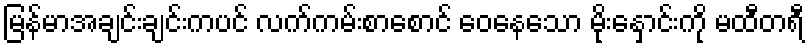
မြန်မာအချင်းချင်းကပင် လက်ကမ်းစာစောင် ဝေနေသော မိုးနှောင်းကို မထီတရီ